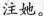
注她